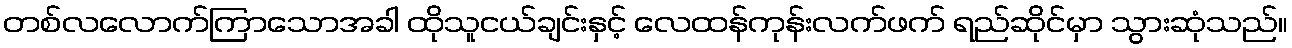
တစ်လလောက်ကြာသောအခါ ထိုသူငယ်ချင်းနှင့် လေထန်ကုန်းလက်ဖက် ရည်ဆိုင်မှာ သွားဆုံသည်။